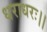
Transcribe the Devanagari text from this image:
धराधरः।।